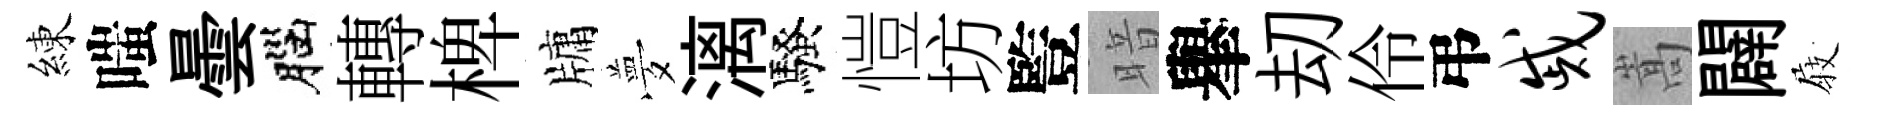
練嗤曇腦轉椑牗夢漓騷愷坊䜿暗𦦙刧伶弔戚嵩闢𡲆